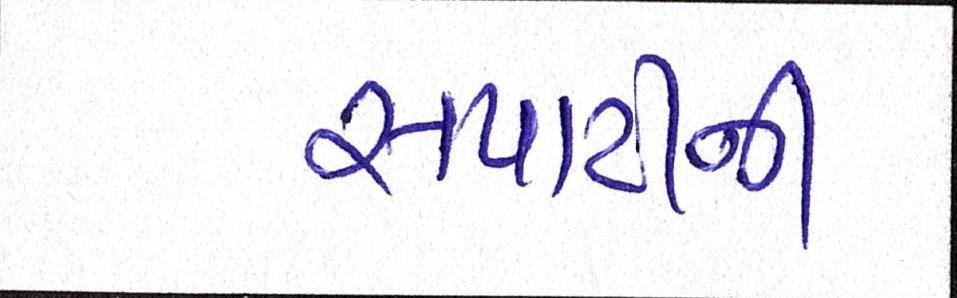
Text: સપાટીની